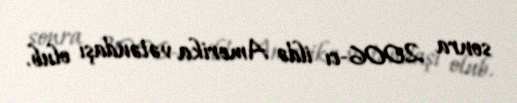
sonra 2006-cı ildə Amerika vətəndaşı olub.